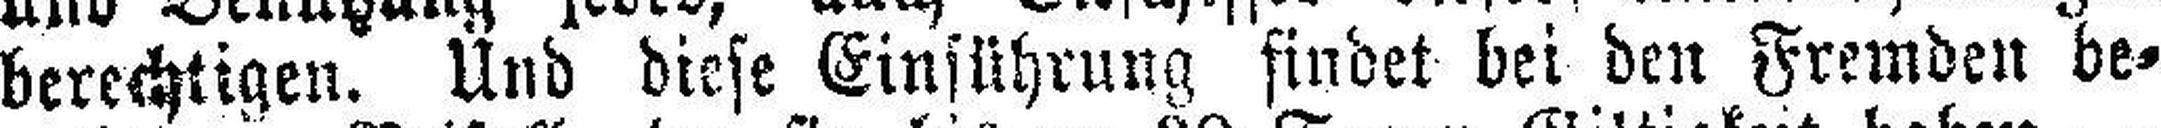
berechtigen. Und diese Einführung findet bei den Fremden be¬